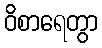
ဝိစာရေတွာ